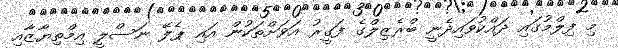
މި ފިލްމުގައި ދައްކުވައިދެނީ ބްރެޒިލްގެ ފަގީރު އަވަށްތަކުން އައި ޕެލޭ ނަސްލީ އިމްތިޔާޒާއި